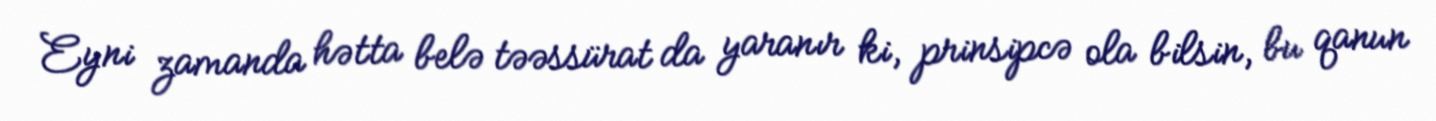
Eyni zamanda hətta belə təəssürat da yaranır ki, prinsipcə ola bilsin, bu qanun